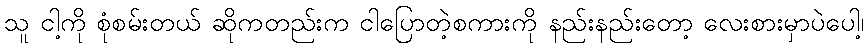
သူ ငါ့ကို စုံစမ်းတယ် ဆိုကတည်းက ငါပြောတဲ့စကားကို နည်းနည်းတော့ လေးစားမှာပဲပေါ့၊